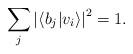
LaTeX: \begin{align*}\sum_{j}\left| \left\langle b_{j}|v_{i}\right\rangle \right| ^{2}=1.\end{align*}